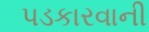
પડકારવાની